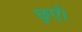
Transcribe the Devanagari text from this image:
छुएँ।